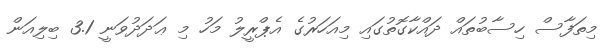
މިތަފާސް ހިސާބުތައް ދައްކާގޮތުގައި މިއަހަރުގެ އެޕްރީލު މަހު މި ޢަދަދުވަނީ 3.1 ބިލިއަން